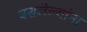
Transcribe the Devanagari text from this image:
बसलेल्यांना